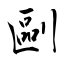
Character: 剾